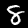
Label: 8